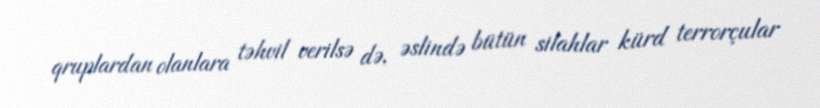
qruplardan olanlara təhvil verilsə də, əslində bütün silahlar kürd terrorçular